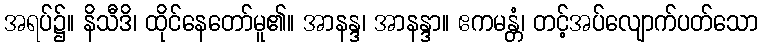
အရပ်၌။ နိသီဒိ၊ ထိုင်နေတော်မူ၏။ အာနန္ဒ၊ အာနန္ဒာ။ ဧကမန္တံ၊ တင့်အပ်လျောက်ပတ်သော